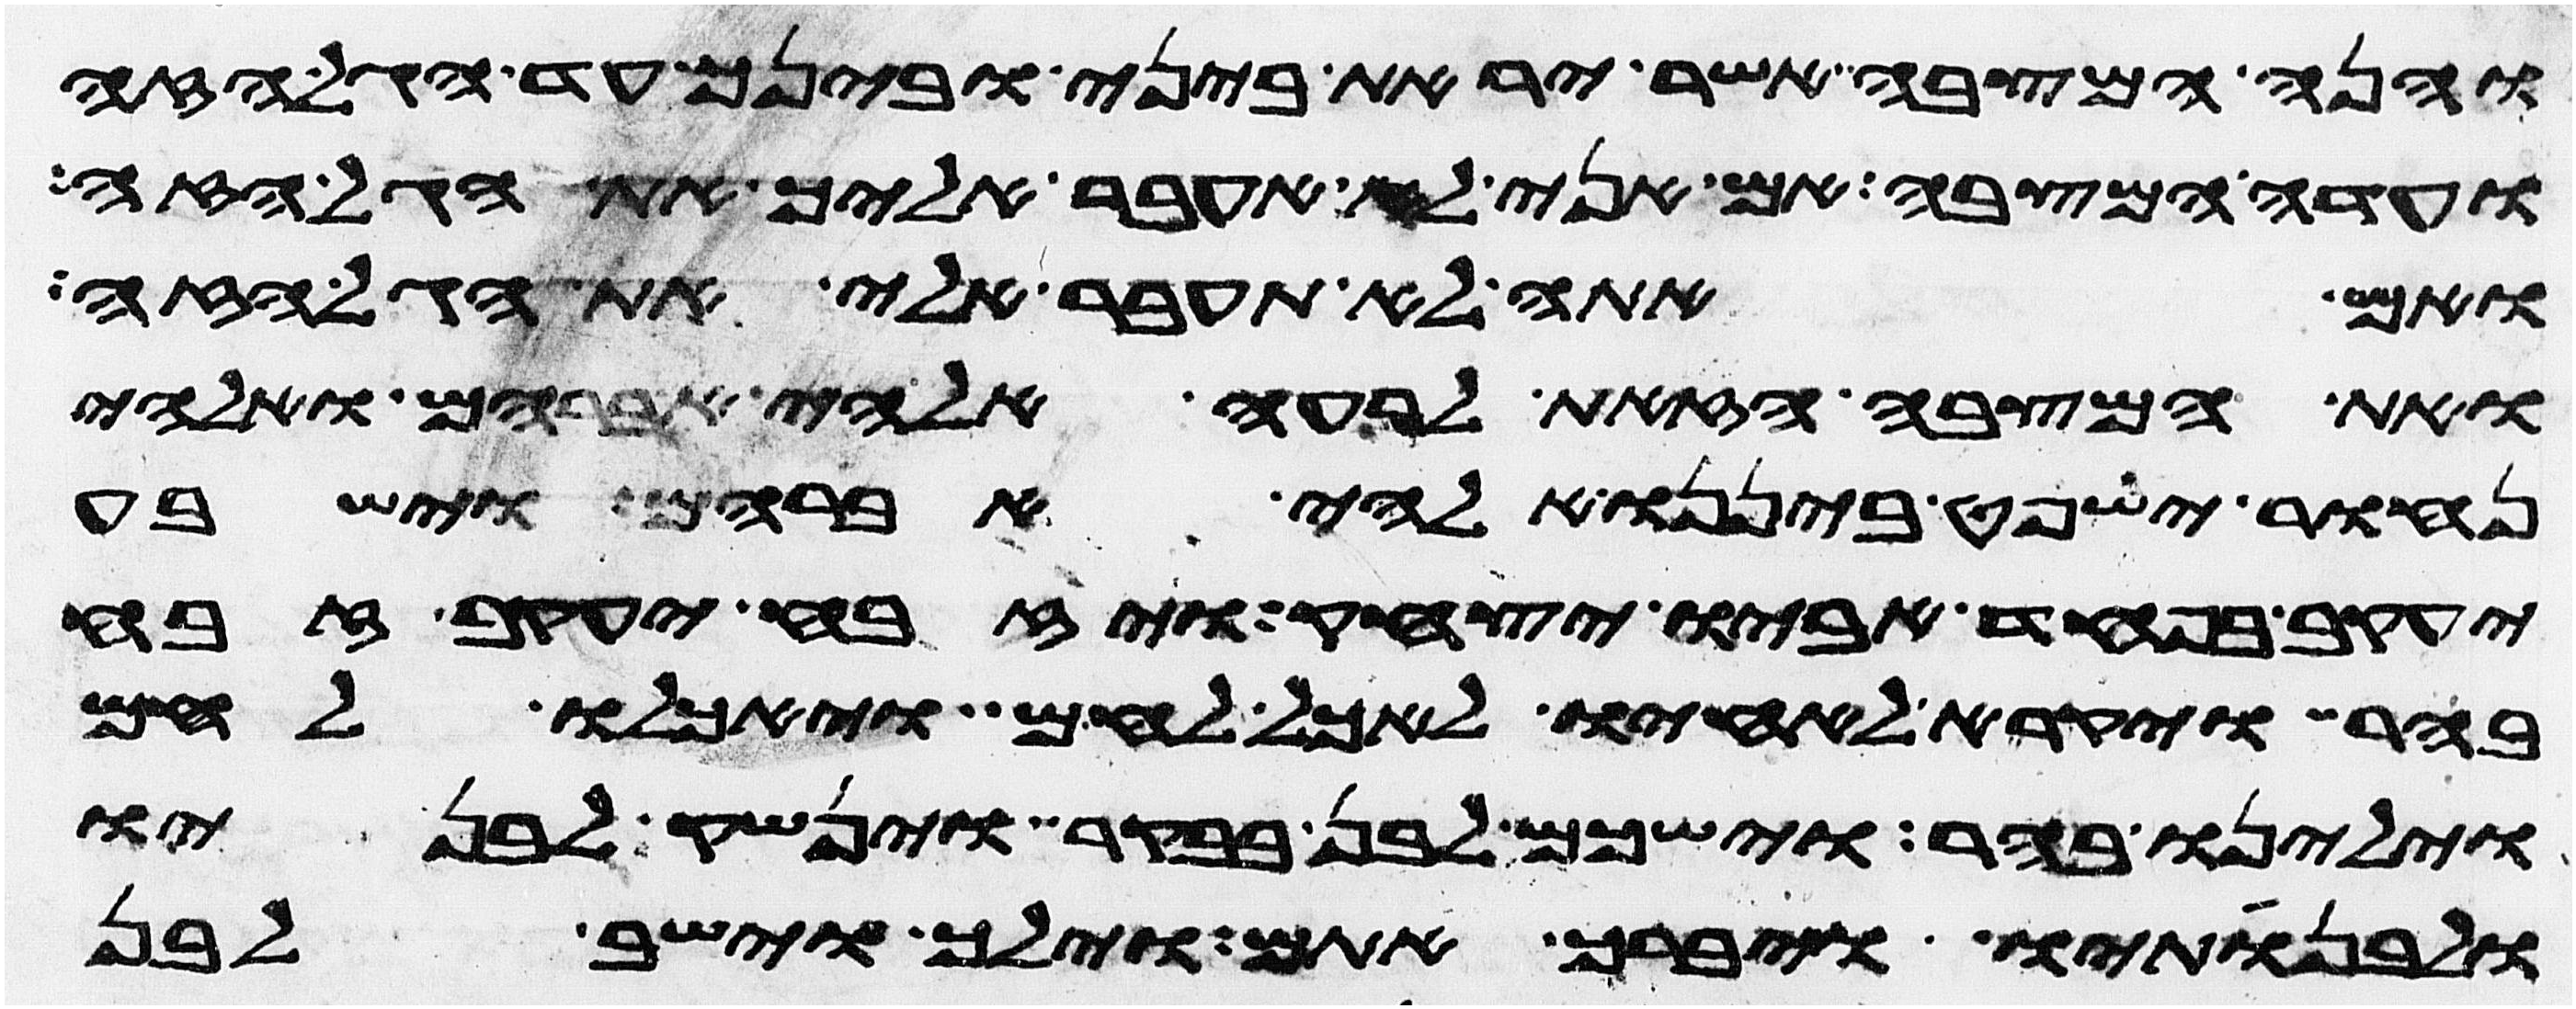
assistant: והנה המצבה אשר יראת ביני ובינך עד הגל הזה
ועדה המצבה אם אני לא אעבר אליך את הגל הזה
ואם אתה לא תעבר אלי את הגל הזה
ואת המצבה הזאת לרעה אלהי אברהם ואלהי
נחור ישפט ביננו אלהי אברהם וישבע
יעקב בפחד אביו יצחק ויזבח יעקב זבח
בהר ויקרא לאחיו לאכל לחם ויאכלו לחם
וילינו בהר וישכם לבן בבקר וינשק לבניו
ולבנתיו ויברך אתם וילך וישב לבן